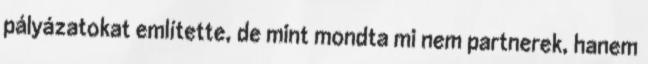
pályázatokat említette, de mint mondta mi nem partnerek, hanem